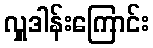
လှူဒါန်းကြောင်း